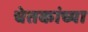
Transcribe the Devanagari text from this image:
चेतकांच्या